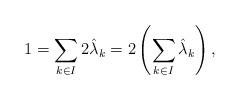
LaTeX: \begin{align*} 1 = \sum_{k \in I} 2 \hat{\lambda}_k = 2 \left( \sum_{k \in I} \hat{\lambda}_k \right),\end{align*}